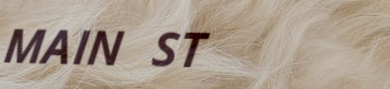
MAIN ST